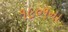
૧૯૦૧ના